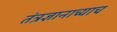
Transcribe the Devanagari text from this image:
तंत्रज्ञानाच्याच